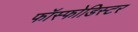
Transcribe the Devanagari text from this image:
फॉस्फोडिस्टर